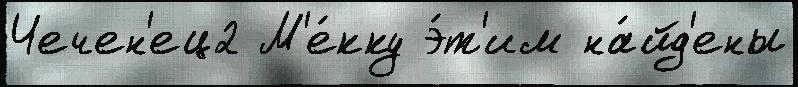
Чечен'ец2 М'е́кку э́т'им на́йд'ены